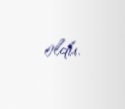
oldu.